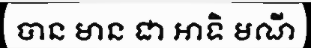
បាន មាន ជា អាទិ មណី